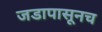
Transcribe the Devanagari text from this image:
जडापासूनच